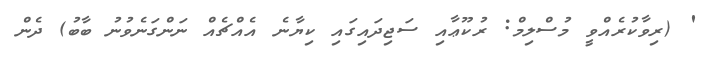
' (ރިވާކުރެއްވީ މުސްލިމް: ރުކޫޢާއި ސަޖިދައިގައި ކިޔާނެ އެއްޗެއް ނަންގަނެވުނު ބާބު) ދެން